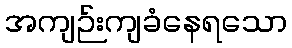
အကျဉ်းကျခံနေရသော